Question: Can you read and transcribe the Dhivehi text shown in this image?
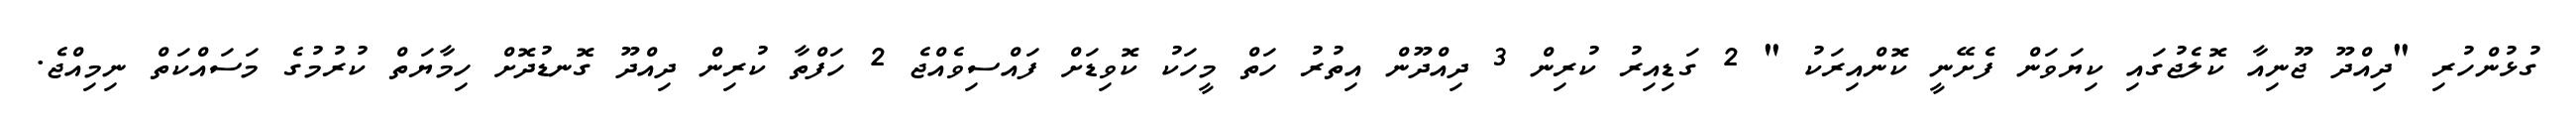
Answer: ގުޅުންހުރި "ދިއްދޫ ޖޫނިއާ ކޮލެޖުގައި ކިޔަވަން ފެށޭނީ ކޮންއިރަކު " 2 ގަޑިއިރު ކުރިން 3 ދިއްދޫން އިތުރު ހަތް މީހަކު ކޮވިޑަށް ފައްސިވެއްޖެ 2 ހަފްތާ ކުރިން ދިއްދޫ ގޮނޑުދޮށް ހިމާޔަތް ކުރުމުގެ މަސައްކަތް ނިމިއްޖެ.